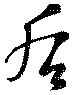
后